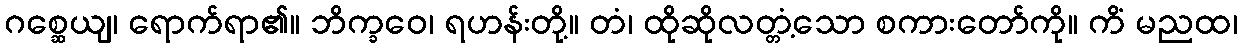
ဂစ္ဆေယျ၊ ရောက်ရာ၏။ ဘိက္ခဝေ၊ ရဟန်းတို့။ တံ၊ ထိုဆိုလတ္တံ့သော စကားတော်ကို။ ကိံ မညထ၊